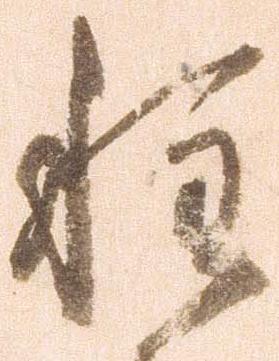
種